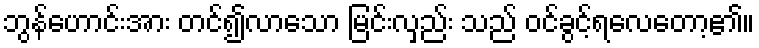
ဘွန်ဟောင်းအား တင်၍လာသော မြင်းလှည်း သည် ဝင်ခွင့်ရလေတော့၏။